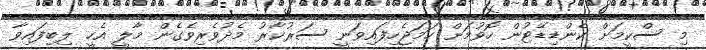
މި ސްކީމަށް ކެންޑިޑޭޓުން ހޮވުމަށް ހަމަޖެހިފައިވަނީ ސަރުކާރު މެދުވެރިވެގެން މާލީ އެހީ ލިބިފައިވާ